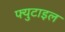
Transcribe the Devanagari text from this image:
फ्युटाइल